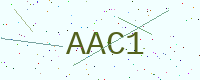
Text: AAC1